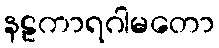
နဠကာရဂါမတော